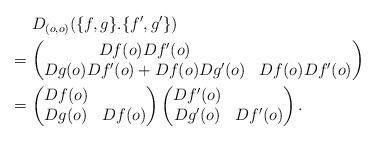
LaTeX: \begin{align*}&\hphantom{{}={}}D_{(o,o)}(\{f,g\}.\{f',g'\})\\*&=\begin{pmatrix}Df(o)Df'(o)\\Dg(o)Df'(o)+Df(o)Dg'(o) & Df(o)Df'(o)\end{pmatrix}\\*&=\begin{pmatrix}Df(o)\\Dg(o) & Df(o)\end{pmatrix}\begin{pmatrix}Df'(o)\\Dg'(o) & Df'(o)\end{pmatrix}.\end{align*}